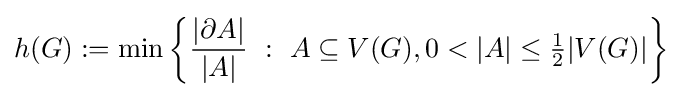
h(G):=\min \left\{{\frac {|\partial A|}{|A|}}\ :\ A\subseteq V(G),0<|A|\leq {\tfrac {1}{2}}|V(G)|\right\}